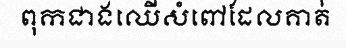
ពុកជាងឈើសំពៅដែលគាត់